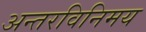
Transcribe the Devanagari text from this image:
अन्तरविनिमय